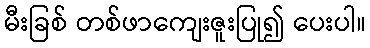
မီးခြစ် တစ်ဖာကျေးဇူးပြု၍ ပေးပါ။